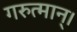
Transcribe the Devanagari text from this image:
गरुत्मान्।